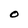
Character: O